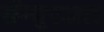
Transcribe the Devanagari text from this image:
सॅम्यूएअल